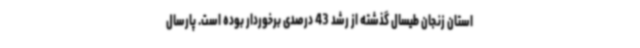
استان زنجان طیسال گذشته از رشد 43 درصدی برخوردار بوده است. پارسال